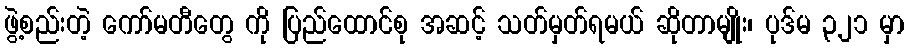
ဖွဲ့စည်းတဲ့ ကော်မတီတွေ ကို ပြည်ထောင်စု အဆင့် သတ်မှတ်ရမယ် ဆိုတာမျိုး၊ ပုဒ်မ ၃၂၁ မှာ